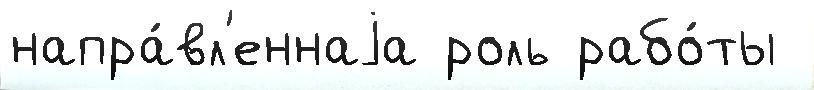
напра́вл'еннаjа роль рабо́ты